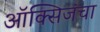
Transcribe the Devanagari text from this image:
ऑक्सिजंचा